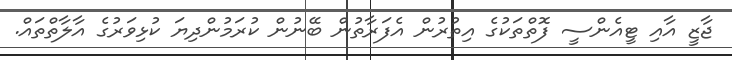
ޖާޒީ އާއި ޓީއެންސީ ފޮތްތަކުގެ އިތުރުން އެފަރާތުން ބޭނުން ކުރަމުންދިޔަ ކުޅިވަރުގެ އާލާތްތައް.